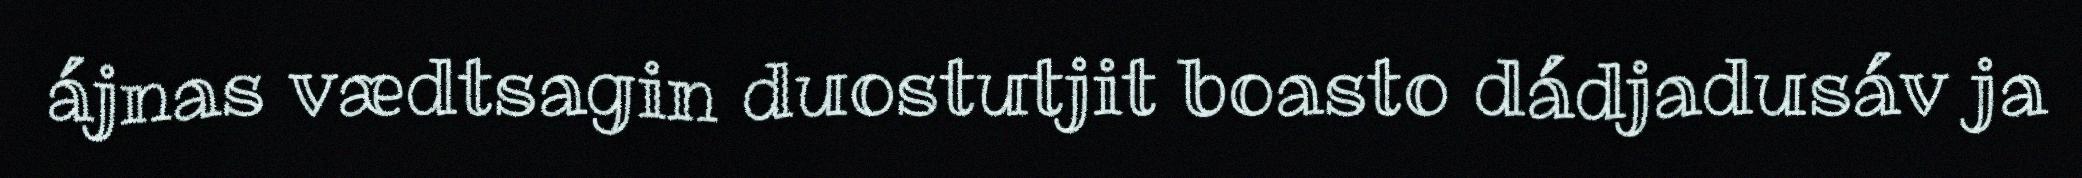
ájnas vædtsagin duostutjit boasto dádjadusáv ja